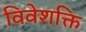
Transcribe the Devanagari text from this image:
विवेशक्ति